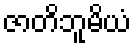
ဇာတိဘူမိယံ